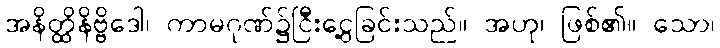
အနိတ္ထိနိဗ္ဗိဒေါ၊ ကာမဂုဏ်၌ငြီးငွေ့ခြင်းသည်။ အဟု၊ ဖြစ်၏။ သော၊